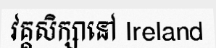
វគ្គសិក្សានៅ Ireland